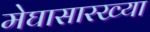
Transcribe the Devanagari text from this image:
मेघासारख्या